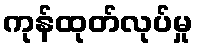
ကုန်ထုတ်လုပ်မှု